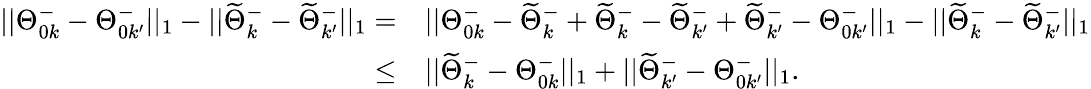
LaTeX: \begin{array}{rl}{||\Theta_{0k}^{-}-\Theta_{0k^{\prime}}^{-}||_{1}-||\widetilde{\Theta}_{k}^{-}-\widetilde{\Theta}_{k^{\prime}}^{-}||_{1}=}&{||\Theta_{0k}^{-}-\widetilde{\Theta}_{k}^{-}+\widetilde{\Theta}_{k}^{-}-\widetilde{\Theta}_{k^{\prime}}^{-}+\widetilde{\Theta}_{k^{\prime}}^{-}-\Theta_{0k^{\prime}}^{-}||_{1}-||\widetilde{\Theta}_{k}^{-}-\widetilde{\Theta}_{k^{\prime}}^{-}||_{1}}\\ {\leq}&{||\widetilde{\Theta}_{k}^{-}-\Theta_{0k}^{-}||_{1}+||\widetilde{\Theta}_{k^{\prime}}^{-}-\Theta_{0k^{\prime}}^{-}||_{1}.}\end{array}